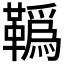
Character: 𩍇